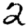
Digit: 2